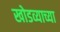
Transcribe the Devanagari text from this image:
खोडव्याच्या